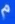
م